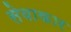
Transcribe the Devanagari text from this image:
सेवाकार